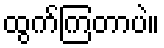
ထွက်ကြတာပဲ။